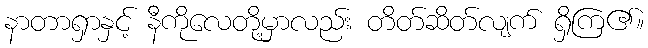
နာတာရှာနှင့် နီကိုလေတို့မှာလည်း တိတ်ဆိတ်လျက် ရှိကြ၏။